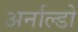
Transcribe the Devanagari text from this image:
अर्नाल्डो